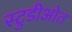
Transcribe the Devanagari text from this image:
स्टुडीओत